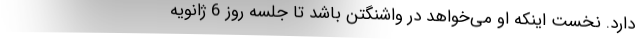
دارد. نخست اینکه او می‌خواهد در واشنگتن باشد تا جلسه روز 6 ژانویه